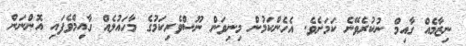
ނިޒާމެއް ގާއިމް ނުކުރެވޭނެ ކަމަށެވެ. އެހެންކަމުން މިނިވަން ނޫސްވެރިކަމުގެ މާހައުލެއް ގާއިމްވެފައި އޮންނަން